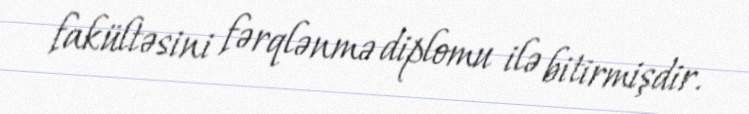
fakültəsini fərqlənmə diplomu ilə bitirmişdir.